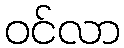
ဝင်လာ